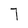
Character: 7